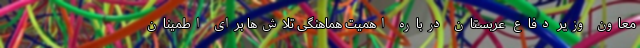
معاون وزیر دفاع عربستان درباره اهمیت هماهنگی تلاش‌ها برای اطمینان